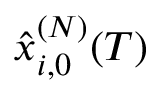
\hat { x } _ { i , 0 } ^ { ( N ) } ( T )